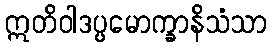
ဣတိဝါဒပ္ပမောက္ခာနိသံသာ